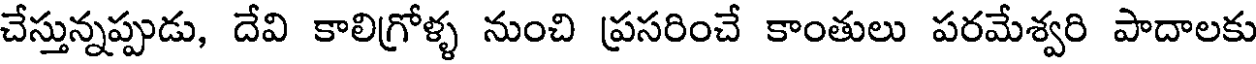
చేస్తున్నప్పుడు, దేవి కాలిగ్రోళ్ళ నుంచి ప్రసరించే కాంతులు పరమేశ్వరి పాదాలకు